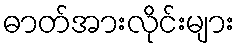
ဓာတ်အားလိုင်းများ